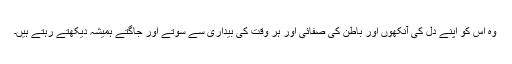
وہ اس کو اپنے دل کی آنکھوں اور باطن کی صفائی اور ہر وقت کی بیداری سے سوتے اور جاگتے ہمیشہ دیکھتے رہتے ہیں۔